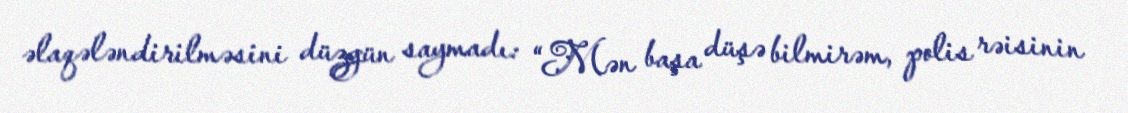
əlaqələndirilməsini düzgün saymadı: “Mən başa düşə bilmirəm, polis rəisinin